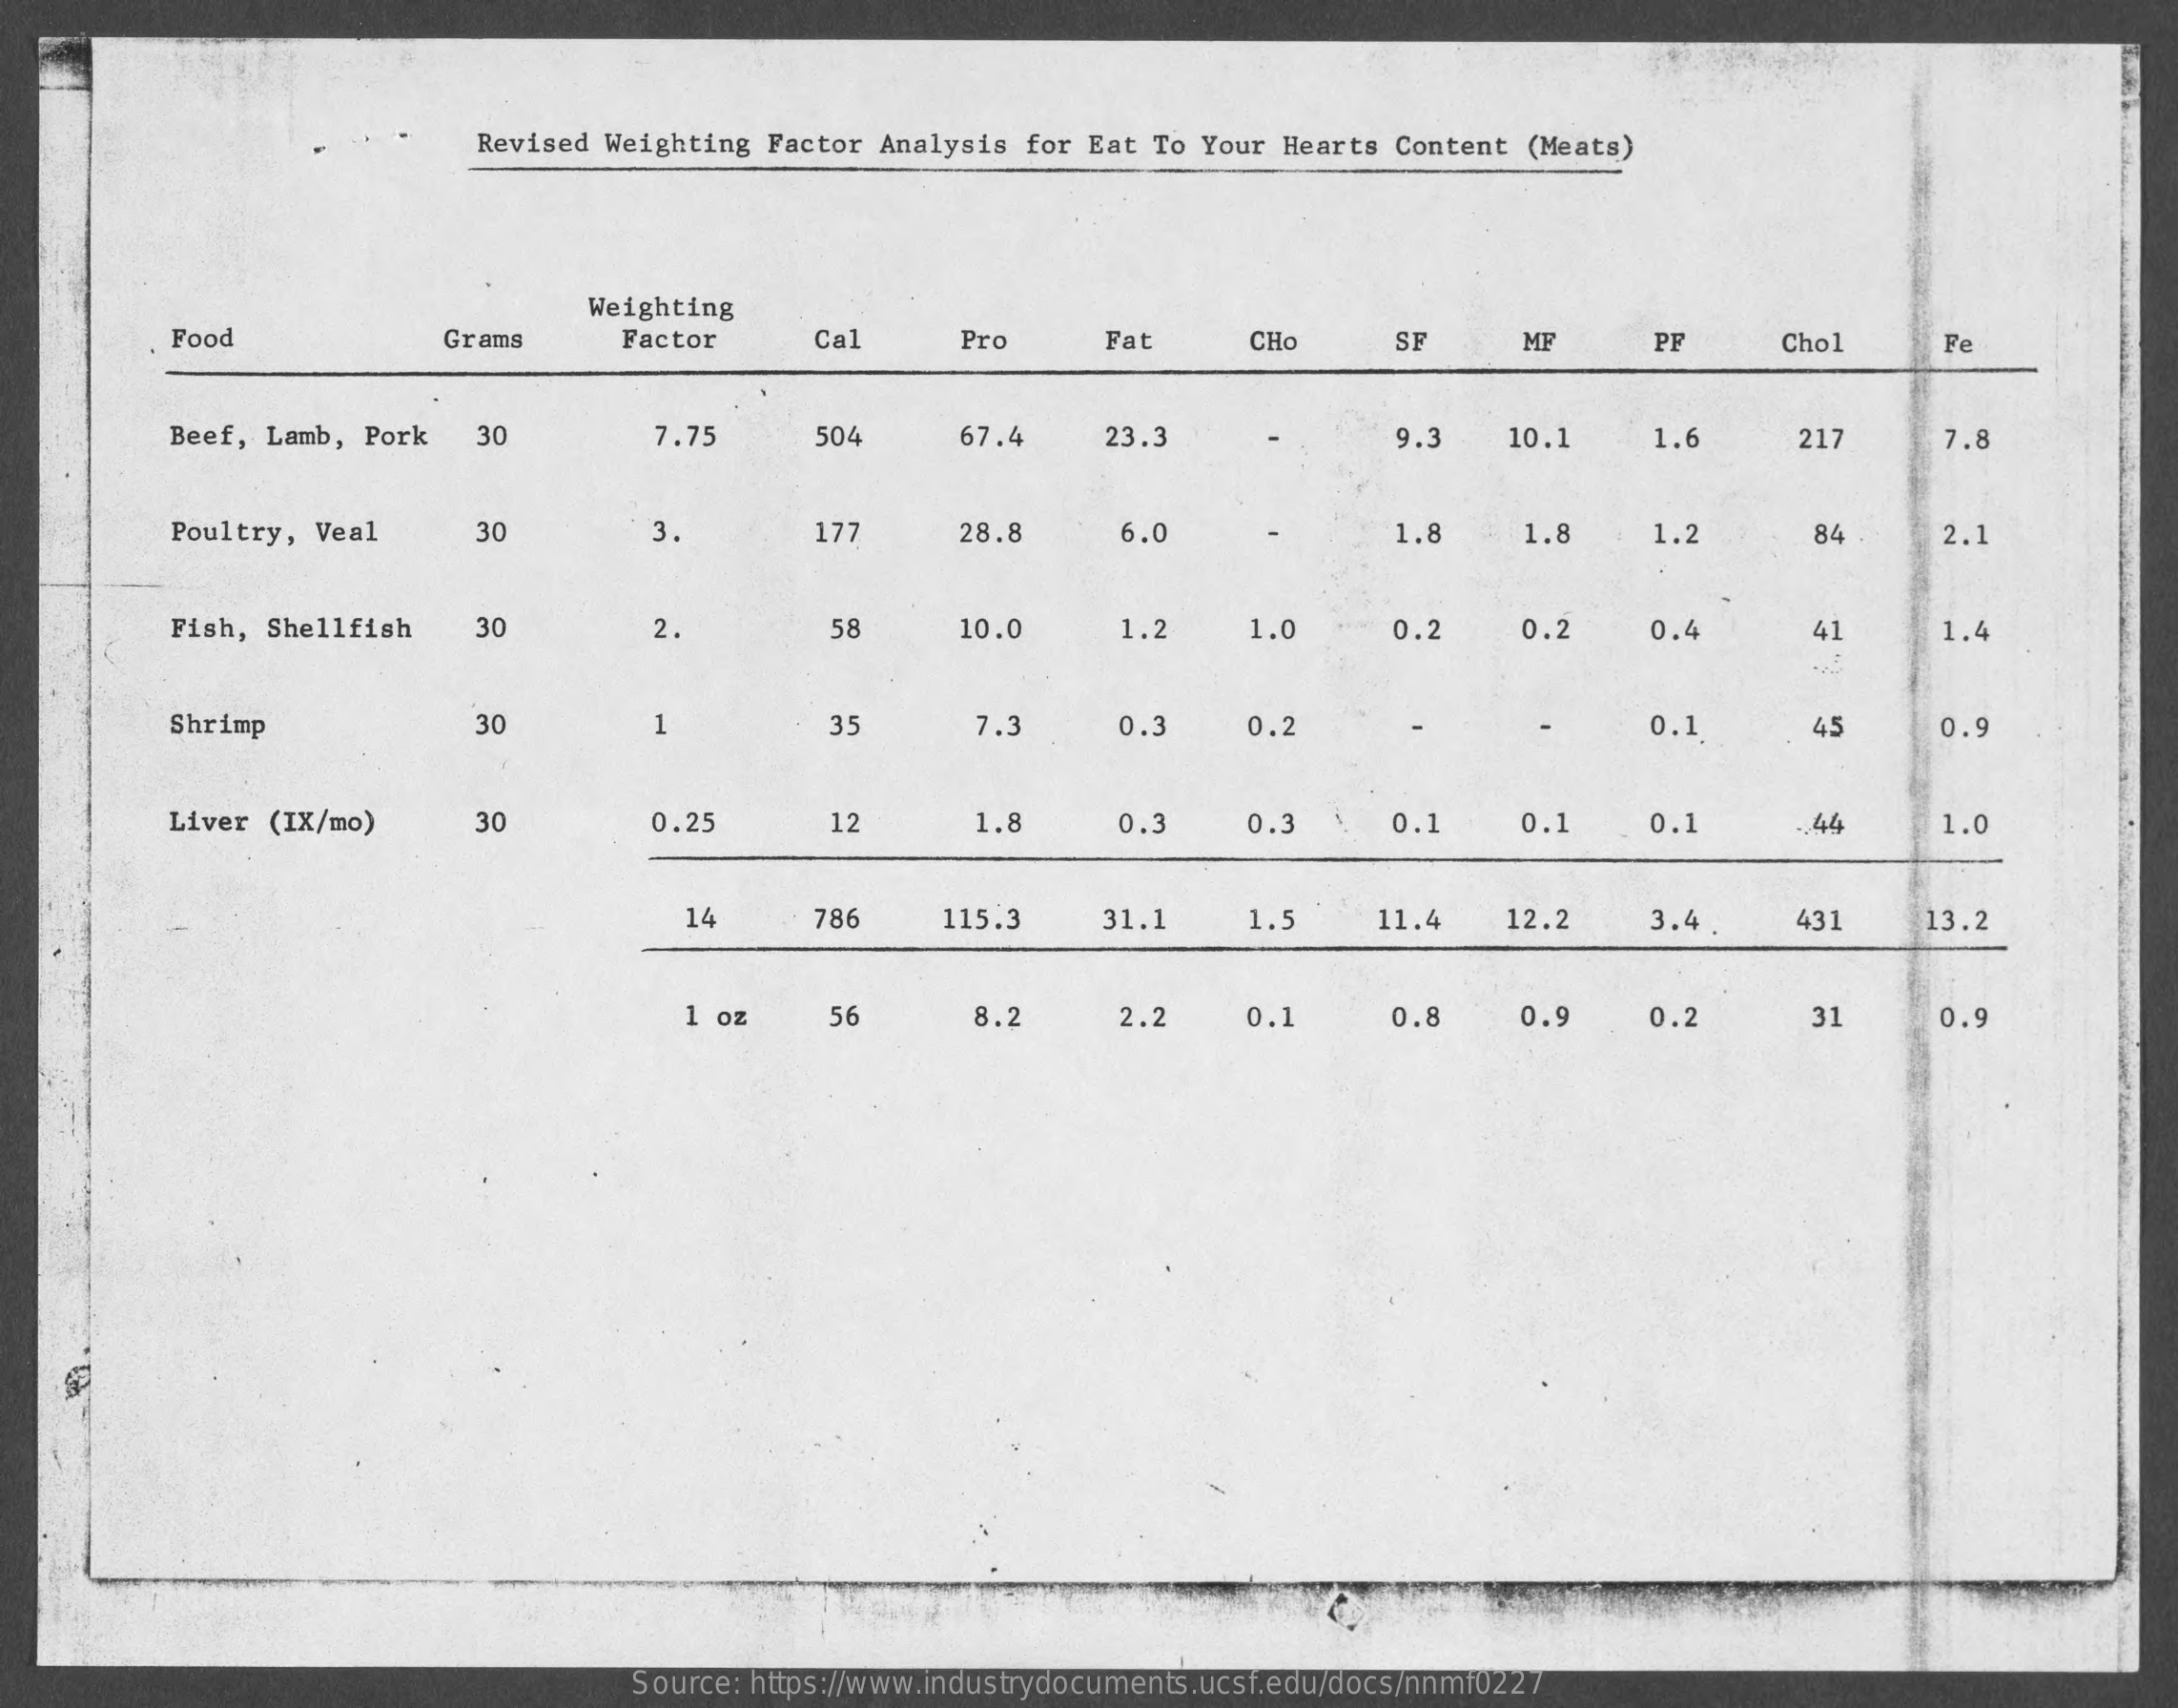
Revised Weighting Factor Analysis for Eat To Your Hearts Content (Meats)
     Weighting
     Food    Grams    Factor    Cal    Pro    Fat    CHO    SF    MF    PF    Chol    Fe
     Beef, Lamb, Pork 30    7.75    504    67.4    23.3    9.3   10.1    1.6    21    7.8
     Poultry, Veal    30    3    177    28.8    6.0    1.8   1.8    1.2    84    2.1
     Fish, Shellfish  30    2.    58    10.0    1.    1.0    0.2   0.2    ).4    41    1.4
     Shrimp    30    1    35    7.3    0.3    0.2    0.1    45    0.9
     Liver (IX/mo)    30    0.25    12    1.8    0.3    0.3    0.1    0.1    0.1    44    1.0
     14    786    115.3   31.1    1.5    11.4   12.2   3.4    431    13.2
     1 oz   56    8.2    2.2    0.1    0.8    0.9    0.2    31    0.9
     Source: https://www.industrydocuments.ucsf.edu/docs/nnmf0227